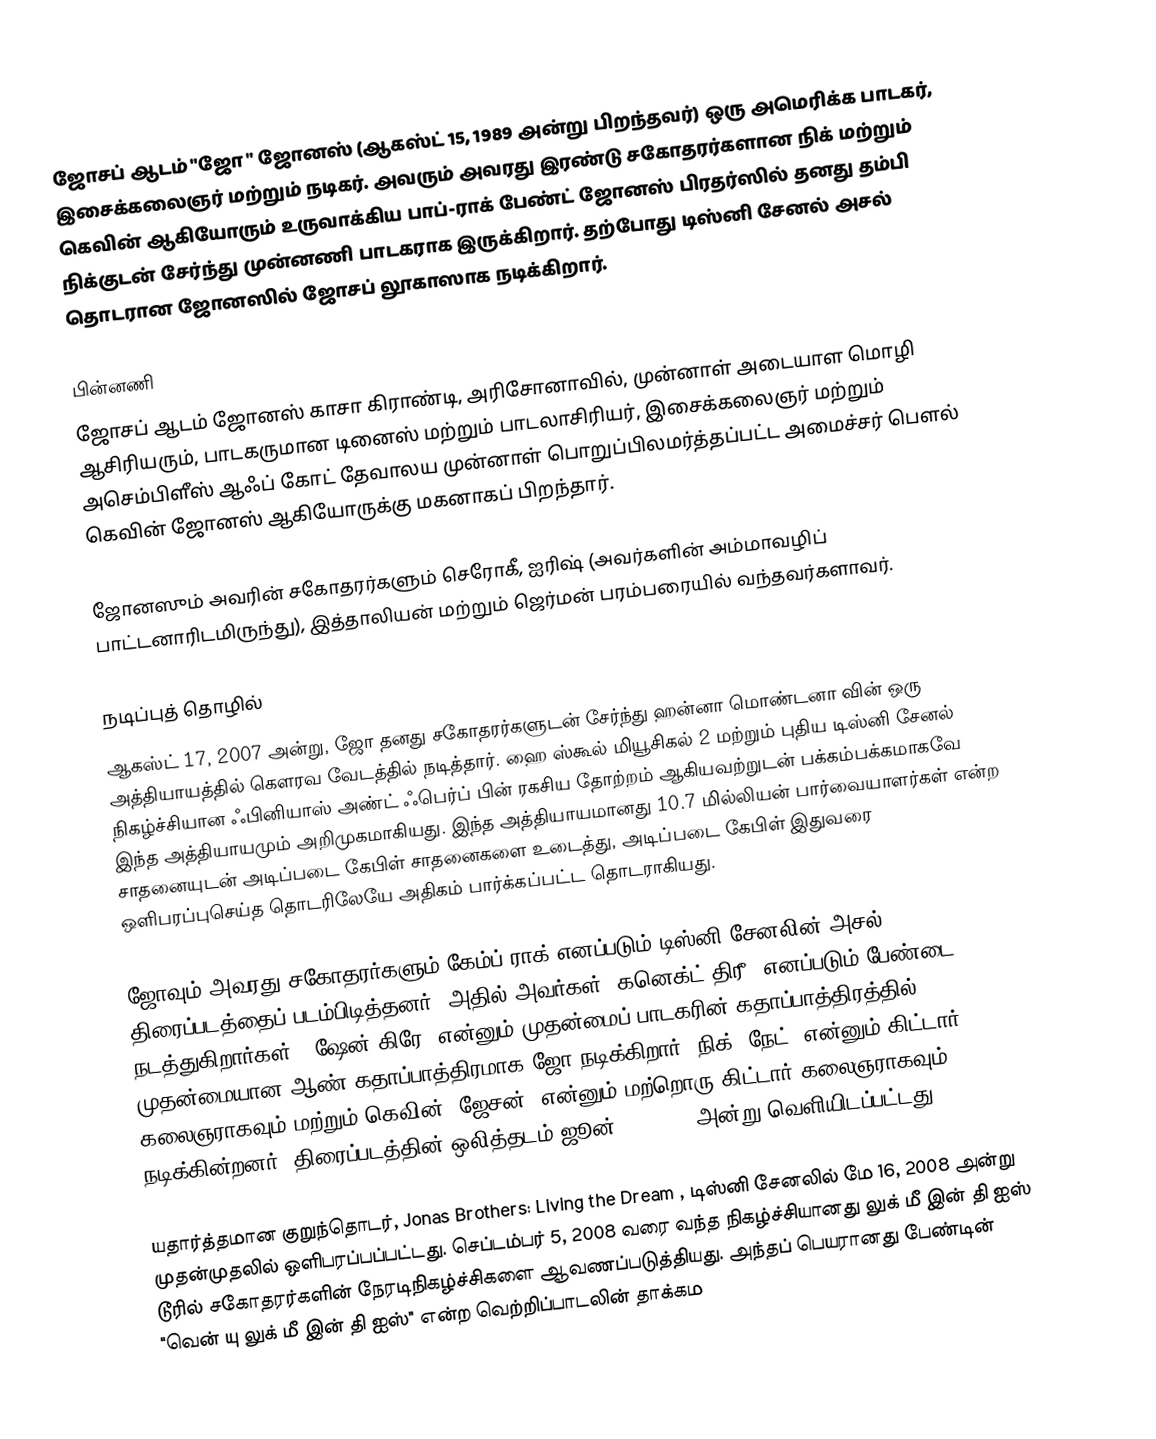
ஜோசப் ஆடம்  "ஜோ " ஜோனஸ்  (ஆகஸ்ட் 15, 1989 அன்று பிறந்தவர்) ஒரு அமெரிக்க பாடகர், இசைக்கலைஞர் மற்றும் நடிகர். அவரும் அவரது இரண்டு சகோதரர்களான நிக் மற்றும் கெவின் ஆகியோரும் உருவாக்கிய பாப்-ராக் பேண்ட் ஜோனஸ் பிரதர்ஸில் தனது தம்பி நிக்குடன் சேர்ந்து முன்னணி பாடகராக இருக்கிறார். தற்போது டிஸ்னி சேனல் அசல் தொடரான ஜோனஸில் ஜோசப் லூகாஸாக நடிக்கிறார்.

பின்னணி
ஜோசப் ஆடம் ஜோனஸ் காசா கிராண்டி, அரிசோனாவில், முன்னாள் அடையாள மொழி ஆசிரியரும், பாடகருமான டினைஸ் மற்றும் பாடலாசிரியர், இசைக்கலைஞர் மற்றும் அசெம்பிளீஸ் ஆஃப் கோட் தேவாலய முன்னாள் பொறுப்பிலமர்த்தப்பட்ட அமைச்சர் பௌல் கெவின் ஜோனஸ் ஆகியோருக்கு மகனாகப் பிறந்தார்.

ஜோனஸும் அவரின் சகோதரர்களும் செரோகீ, ஐரிஷ் (அவர்களின் அம்மாவழிப் பாட்டனாரிடமிருந்து), இத்தாலியன் மற்றும் ஜெர்மன் பரம்பரையில் வந்தவர்களாவர்.

நடிப்புத் தொழில்
ஆகஸ்ட் 17, 2007 அன்று, ஜோ தனது சகோதரர்களுடன் சேர்ந்து ஹன்னா மொண்டனா வின் ஒரு அத்தியாயத்தில் கௌரவ வேடத்தில் நடித்தார். ஹை ஸ்கூல் மியூசிகல் 2  மற்றும் புதிய டிஸ்னி சேனல் நிகழ்ச்சியான ஃபினியாஸ் அண்ட் ஃபெர்ப் பின் ரகசிய தோற்றம் ஆகியவற்றுடன் பக்கம்பக்கமாகவே இந்த அத்தியாயமும் அறிமுகமாகியது. இந்த அத்தியாயமானது 10.7 மில்லியன் பார்வையாளர்கள் என்ற சாதனையுடன் அடிப்படை கேபிள் சாதனைகளை உடைத்து, அடிப்படை கேபிள் இதுவரை ஒளிபரப்புசெய்த தொடரிலேயே அதிகம் பார்க்கப்பட்ட தொடராகியது.

ஜோவும் அவரது சகோதரர்களும் கேம்ப் ராக்  எனப்படும் டிஸ்னி சேனலின் அசல் திரைப்படத்தைப் படம்பிடித்தனர், அதில் அவர்கள் "கனெக்ட் திரீ" எனப்படும் பேண்டை நடத்துகிறார்கள். "ஷேன் கிரே" என்னும் முதன்மைப் பாடகரின் கதாப்பாத்திரத்தில் முதன்மையான ஆண் கதாப்பாத்திரமாக ஜோ நடிக்கிறார்; நிக் "நேட்" என்னும் கிட்டார் கலைஞராகவும் மற்றும் கெவின் "ஜேசன்" என்னும் மற்றொரு கிட்டார் கலைஞராகவும் நடிக்கின்றனர். திரைப்படத்தின் ஒலித்தடம் ஜூன் 17, 2008 அன்று வெளியிடப்பட்டது.

யதார்த்தமான குறுந்தொடர், Jonas Brothers: Living the Dream , டிஸ்னி சேனலில் மே 16, 2008 அன்று முதன்முதலில் ஒளிபரப்பப்பட்டது. செப்டம்பர் 5, 2008 வரை வந்த நிகழ்ச்சியானது லுக் மீ இன் தி ஐஸ் டூரில் சகோதரர்களின் நேரடிநிகழ்ச்சிகளை ஆவணப்படுத்தியது. அந்தப் பெயரானது பேண்டின் "வென் யு லுக் மீ இன் தி ஐஸ்" என்ற வெற்றிப்பாடலின் தாக்கம